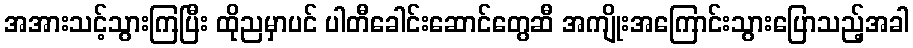
အအားသင့်သွားကြပြီး ထိုညမှာပင် ပါတီခေါင်းဆောင်တွေဆီ အကျိုးအကြောင်းသွားပြောသည့်အခါ